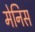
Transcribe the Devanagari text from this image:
मेनिस